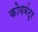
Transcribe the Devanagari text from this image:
कोयबंटृर